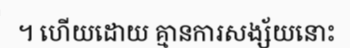
។ ហើយដោយ គ្មានការសង្ស័យនោះ